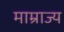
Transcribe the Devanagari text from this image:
माम्राज्य